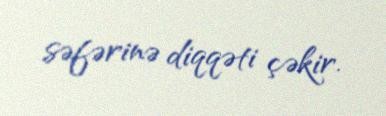
səfərinə diqqəti çəkir.